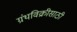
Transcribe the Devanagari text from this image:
ग्रंथविक्रीसाठी